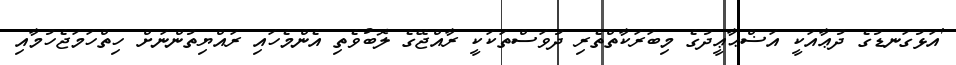
'އަޅުގަނޑުގެ ދުޢާއަކީ އަޟްޙާޢީދުގެ މިބަރަކާތްތެރި ދުވަސްތަކަކީ ރާއްޖޭގެ ލޮބުވެތި އެންމެހައި ރައްޔިތުންނަށް ހިތްހަމަޖެހުމާއި